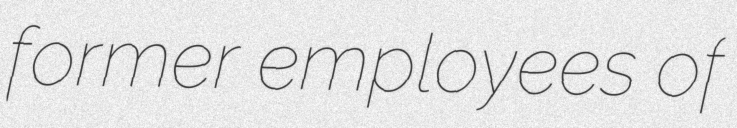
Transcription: former employees of